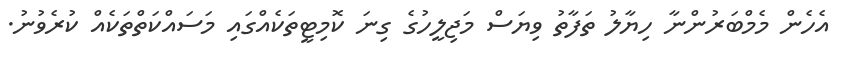
އެހެން މެމްބަރުންނާ ހިޔާލު ތަފާތު ވިޔަސް މަޖިލީހުގެ ގިނަ ކޮމިޓީތަކެއްގައި މަސައްކަތްތަކެއް ކުރެވުނު.